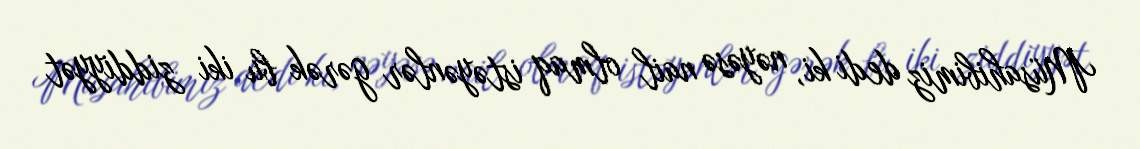
Müsahibimiz dedi ki, nəyəsə nail olmaq istəyənlər gərək bu iki ziddiyyət